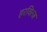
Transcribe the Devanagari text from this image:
हरवित्ज